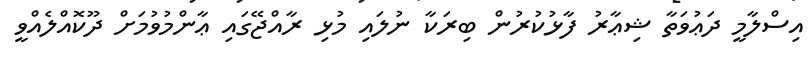
އިސްލާމީ ދަޢުވަތާ ޝިޢާރު ފާޅުކުރުން ބިރަކާ ނުލައި މުޅި ރާއްޖޭގައި ޢާންމުވުމަށް ދޫކޮއްލެއްވީ